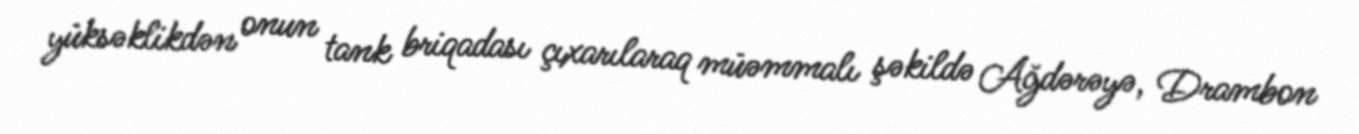
yüksəklikdən onun tank briqadası çıxarılaraq müəmmalı şəkildə Ağdərəyə, Drambon